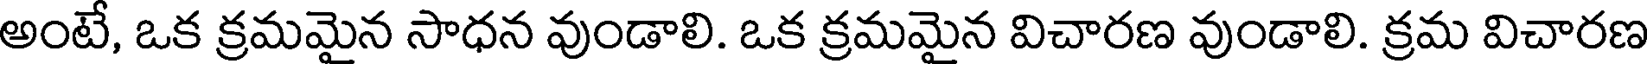
అంటే, ఒక క్రమమైన సాధన వుండాలి. ఒక క్రమమైన విచారణ వుండాలి. క్రమ విచారణ